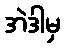
အဲဒါမှ